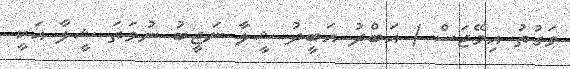
ވަގުތު އިމޭޖަސް / އަބްދު އަބީދު ޝީލާ ނަޖީބު ނުވަތަ ޝީލާ އަކީ